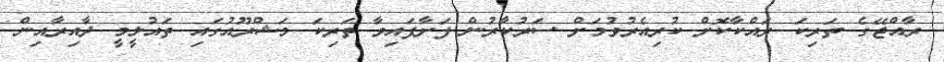
ރާއްޖޭގެ ތަރިކަ ރައްކާކޮށް ކުރިއެރުވުމަށް ސަރުކާރުން ފަށާފައިވާ ތަރިކަ މަޝްރޫއުގައި ތައުލީމީ ދާއިރާއިން